Physiological action of certain drugs in tablet form - Number 52A
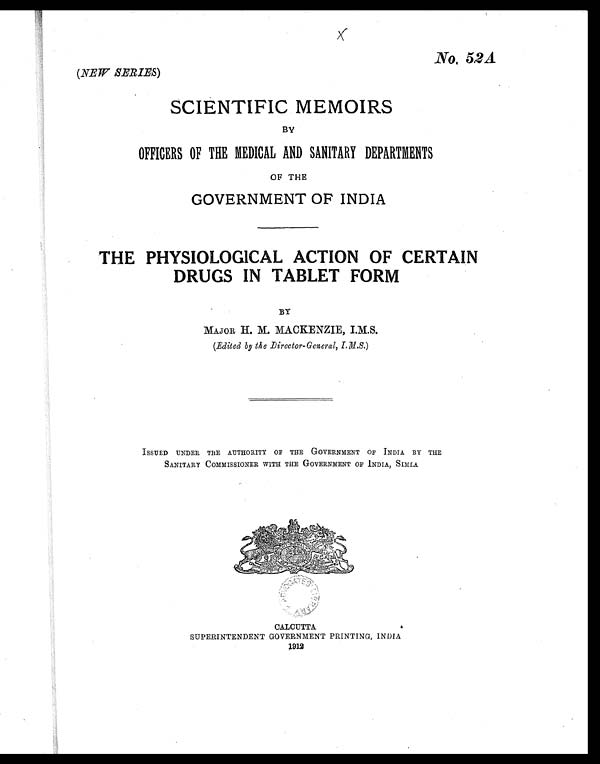
No, 52A.
(NEW SERIES)
SCIENTIFIC MEMOIRS
BY
OFFICERS OF THE MEDICAL AND SANITARY DEPARTMENTS
OF THE
GOVERNMENT OF INDIA
THE PHYSIOLOGICAL ACTION OF CERTAIN
DRUGS IN TABLET FORM
BY
MAJOR H. M. MACKENZIE, I.M.S.
(Edited by the Director-General, I.M.S.)
ISSUED UNDER THE AUTHORITY OF THE GOVERNMENT OF INDIA BY THE
SANITARY COMMISSIONER WITH THE GOVERNMENT OF INDIA, SIMLA
CALCUTTA
SUPERINTENDENT GOVERNMENT PRINTING, INDIA
1912